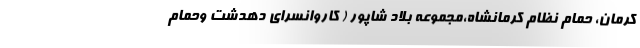
کرمان، حمام نظام کرمانشاه،مجموعه بلاد شاپور ( کاروانسرای دهدشت وحمام